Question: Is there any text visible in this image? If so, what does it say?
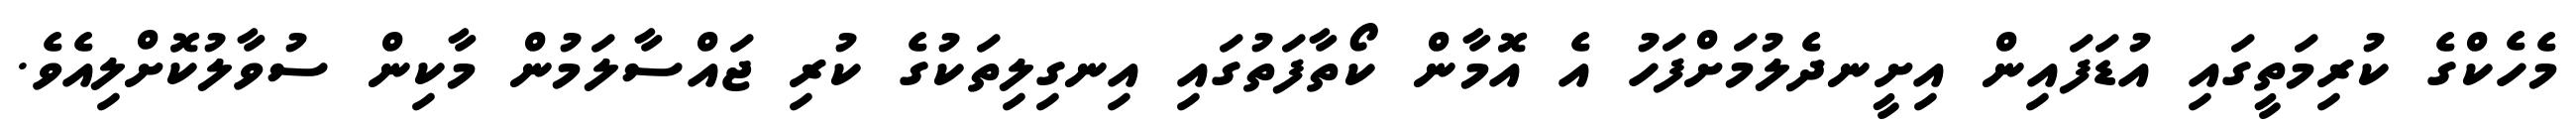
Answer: މެހެކްގެ ކުރިމަތީގައި އުޑަފައިން އިށީނދެލުމަށްފަހު އެ އޮމާން ކޯތާފަތުގައި އިނގިލިތަކުގެ ކުރި ޖައްސާލަމުން މާކިން ސުވާލުކޮށްލިއެވެ.